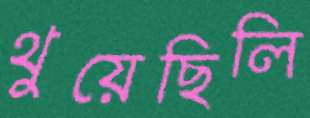
থুয়েছিলি